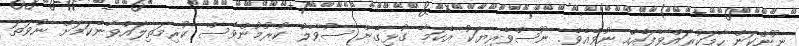
ނޫންކަން ހާމަކުރައްވާފައެއް ނުވެއެވެ. ނޫސްވެރިޔަކު އެކަމާ ގުޅިގެން ސުވާލު ކުރުމުންވެސް ކުރިމަތިލައްވާނެކަމަށް ނުވަތަ